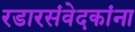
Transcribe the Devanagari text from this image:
रडारसंवेदकांना